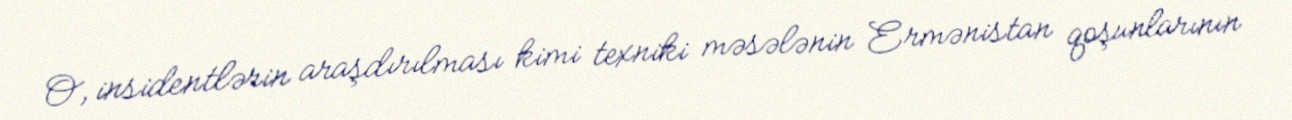
O, insidentlərin araşdırılması kimi texniki məsələnin Ermənistan qoşunlarının